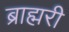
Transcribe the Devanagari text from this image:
ब्राह्मरी